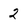
Character: 2